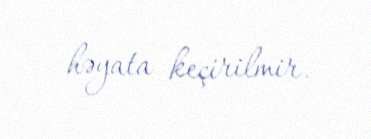
həyata keçirilmir.